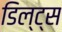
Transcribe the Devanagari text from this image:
डिल्ट्स